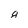
Character: 8